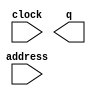
module ADC (
	address,
	clock,
	q);

	input	[10:0]  address;
	input	  clock;
	output	[11:0]  q;
`ifndef ALTERA_RESERVED_QIS
// synopsys translate_off
`endif
	tri1	  clock;
`ifndef ALTERA_RESERVED_QIS
// synopsys translate_on
`endif

endmodule